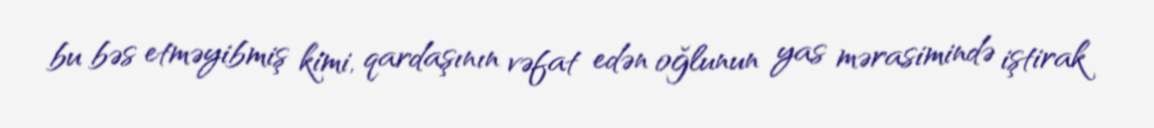
bu bəs etməyibmiş kimi, qardaşının vəfat edən oğlunun yas mərasimində iştirak